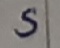
Text: S